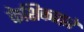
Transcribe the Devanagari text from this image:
केशिकाद्वारे